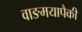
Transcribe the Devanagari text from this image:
वाङमयापैकी